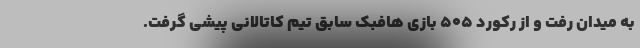
به میدان رفت و از رکورد ۵۰۵ بازی هافبک سابق تیم کاتالانی پیشی گرفت.